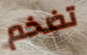
تضخم